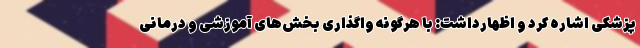
پزشکی اشاره کرد و اظهارداشت: با هرگونه واگذاری بخش‌های آموزشی و درمانی